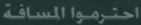
احترموا المسافة